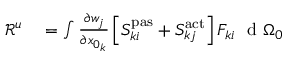
\begin{array} { r l } { \mathscr { R } ^ { u } } & { { } = \int \frac { \partial w _ { j } } { \partial x _ { 0 _ { k } } } \left[ S _ { k i } ^ { \mathrm { { p a s } } } + S _ { k j } ^ { \mathrm { { a c t } } } \right] F _ { k i } ^ { \phantom { } } \ \mathrm { ~ d ~ } { \Omega _ { 0 } } } \end{array}